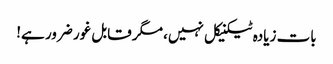
بات زیادہ ٹیکنیکل نہیں، مگر قابل غور ضرور ہے!